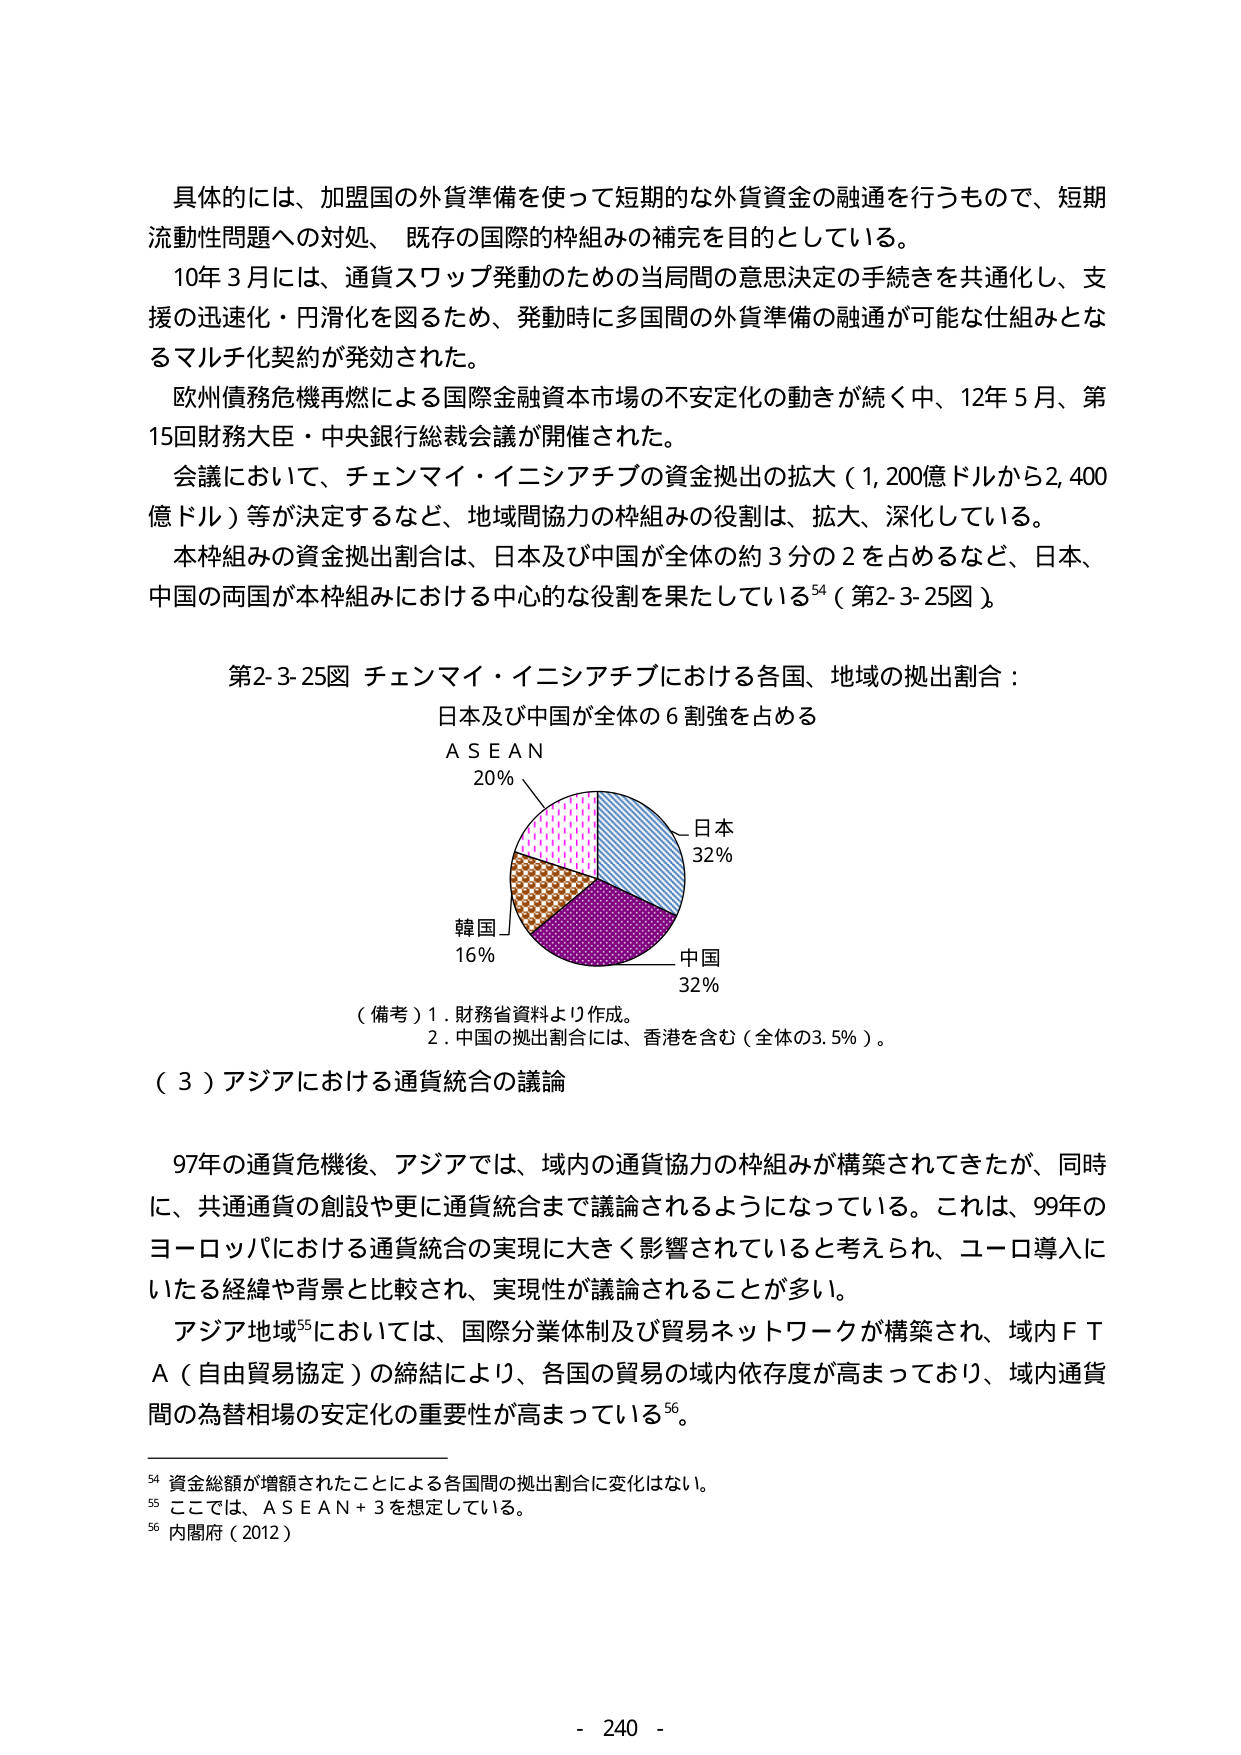
具体的には、加盟国の外貨準備を使って短期的な外貨資金の融通を行うもので、短期流動性問題への対処、既存の国際的枠組みの補完を目的としている。

10年3月には、通貨スワップ発動のための当局間の意思決定の手続きを共通化し、支援の迅速化・円滑化を図るため、発動時に多国間の外貨準備の融通が可能な仕組みとなるマルチ化契約が発効された。

欧州債務危機再燃による国際金融資本市場の不安定化の動きが続く中、12年5月、第15回財務大臣・中央銀行総裁会議が開催された。

会議において、チェンマイ・イニシアチブの資金拠出の拡大（1,200億ドルから2,400億ドル）等が決定するなど、地域間協力の枠組みの役割は、拡大、深化している。

本枠組みの資金拠出割合は、日本及び中国が全体の約3分の2を占めるなど、日本、中国の両国が本枠組みにおける中心的な役割を果たしている⁵⁴（第2-3-25図）。

第2-3-25図 チェンマイ・イニシアチブにおける各国、地域の拠出割合：
日本及び中国が全体の6割強を占める

ＡＳＥＡＮ
20％

日本
32％

韓国
16％

中国
32％

（備考）1. 財務省資料より作成。
2. 中国の拠出割合には、香港を含む（全体の3.5％）。

（３）アジアにおける通貨統合の議論

97年の通貨危機後、アジアでは、域内の通貨協力の枠組みが構築されてきたが、同時に、共通通貨の創設や更に通貨統合まで議論されるようになっている。これは、99年のヨーロッパにおける通貨統合の実現に大きく影響されていると考えられ、ユーロ導入にいたる経緯や背景と比較され、実現性が議論されることが多い。

アジア地域⁵⁵においては、国際分業体制及び貿易ネットワークが構築され、域内ＦＴＡ（自由貿易協定）の締結により、各国の貿易の域内依存度が高まっており、域内通貨間の為替相場の安定化の重要性が高まっている⁵⁶。

⁵⁴ 資金総額が増額されたことによる各国間の拠出割合に変化はない。
⁵⁵ ここでは、ＡＳＥＡＮ＋３を想定している。
⁵⁶ 内閣府（2012）

- 240 -